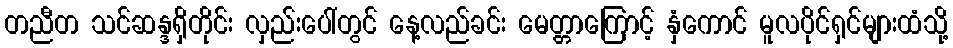
တညီတ သင်ဆန္ဒရှိတိုင်း လှည်းပေါ်တွင် နေ့လည်ခင်း မေတ္တာကြောင့် နှံကောင် မူလပိုင်ရှင်များထံသို့